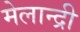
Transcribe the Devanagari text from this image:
मेलान्द्री